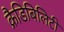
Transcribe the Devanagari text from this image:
क्रैडिबिलिटी